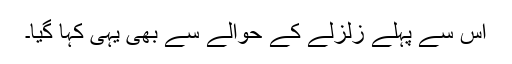
اس سے پہلے زلزلے کے حوالے سے بھی یہی کہا گیا۔